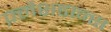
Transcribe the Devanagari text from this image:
फ़्लैशडान्स